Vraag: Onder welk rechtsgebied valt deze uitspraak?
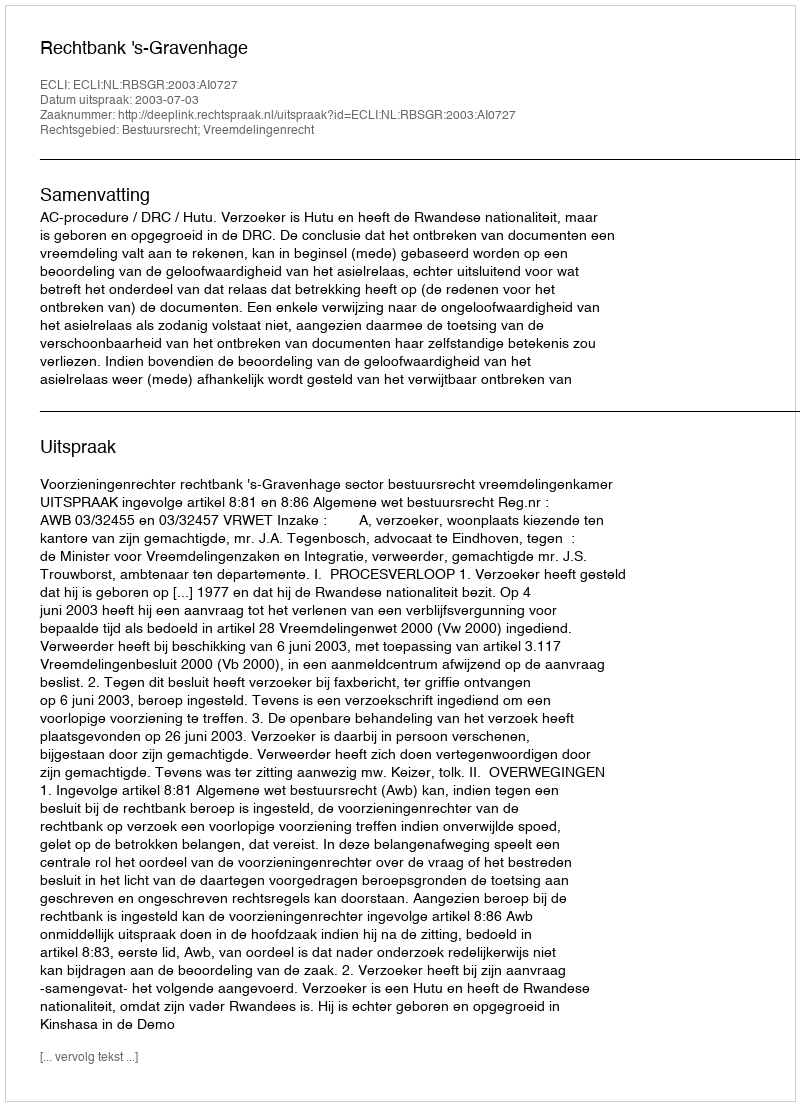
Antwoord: Bestuursrecht; Vreemdelingenrecht